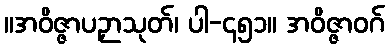
။အဝိဇ္ဇာပဉှာသုတ်၊ ပါ-၄၅၁။ အဝိဇ္ဇာဝဂ်